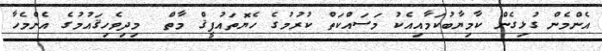
އެންމެން ގުޅިގެން ކާމިޔާބުކަމާއިއެކު މަސައްކަތް ކުރުމުގެ ހެޔޮތައުފީޤް މާތް  މިދިވެހިޤައުމުގެ އެންމެހާ